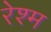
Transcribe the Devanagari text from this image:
रेश्म